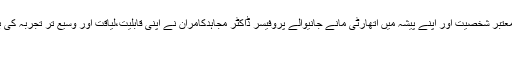
جنوبی اشیاء کے مایہ ناز ماہر تعلیم، سائنسدان، تعلیمی حلقوں میں معتبر شخصیت اور اپنے پیشہ میں اتھارٹی مانے جانیوالے پروفیسر ڈاکٹر مجاہدکامران نے اپنی قابلیت،لیاقت اور وسیع تر تجربہ کی بدولت پنجاب یونیورسٹی کو صحیح معنوں میں علم ودانش کا گہوارہ
بنا یا ہے۔